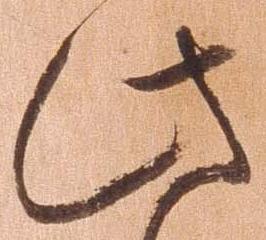
此